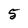
Character: 5